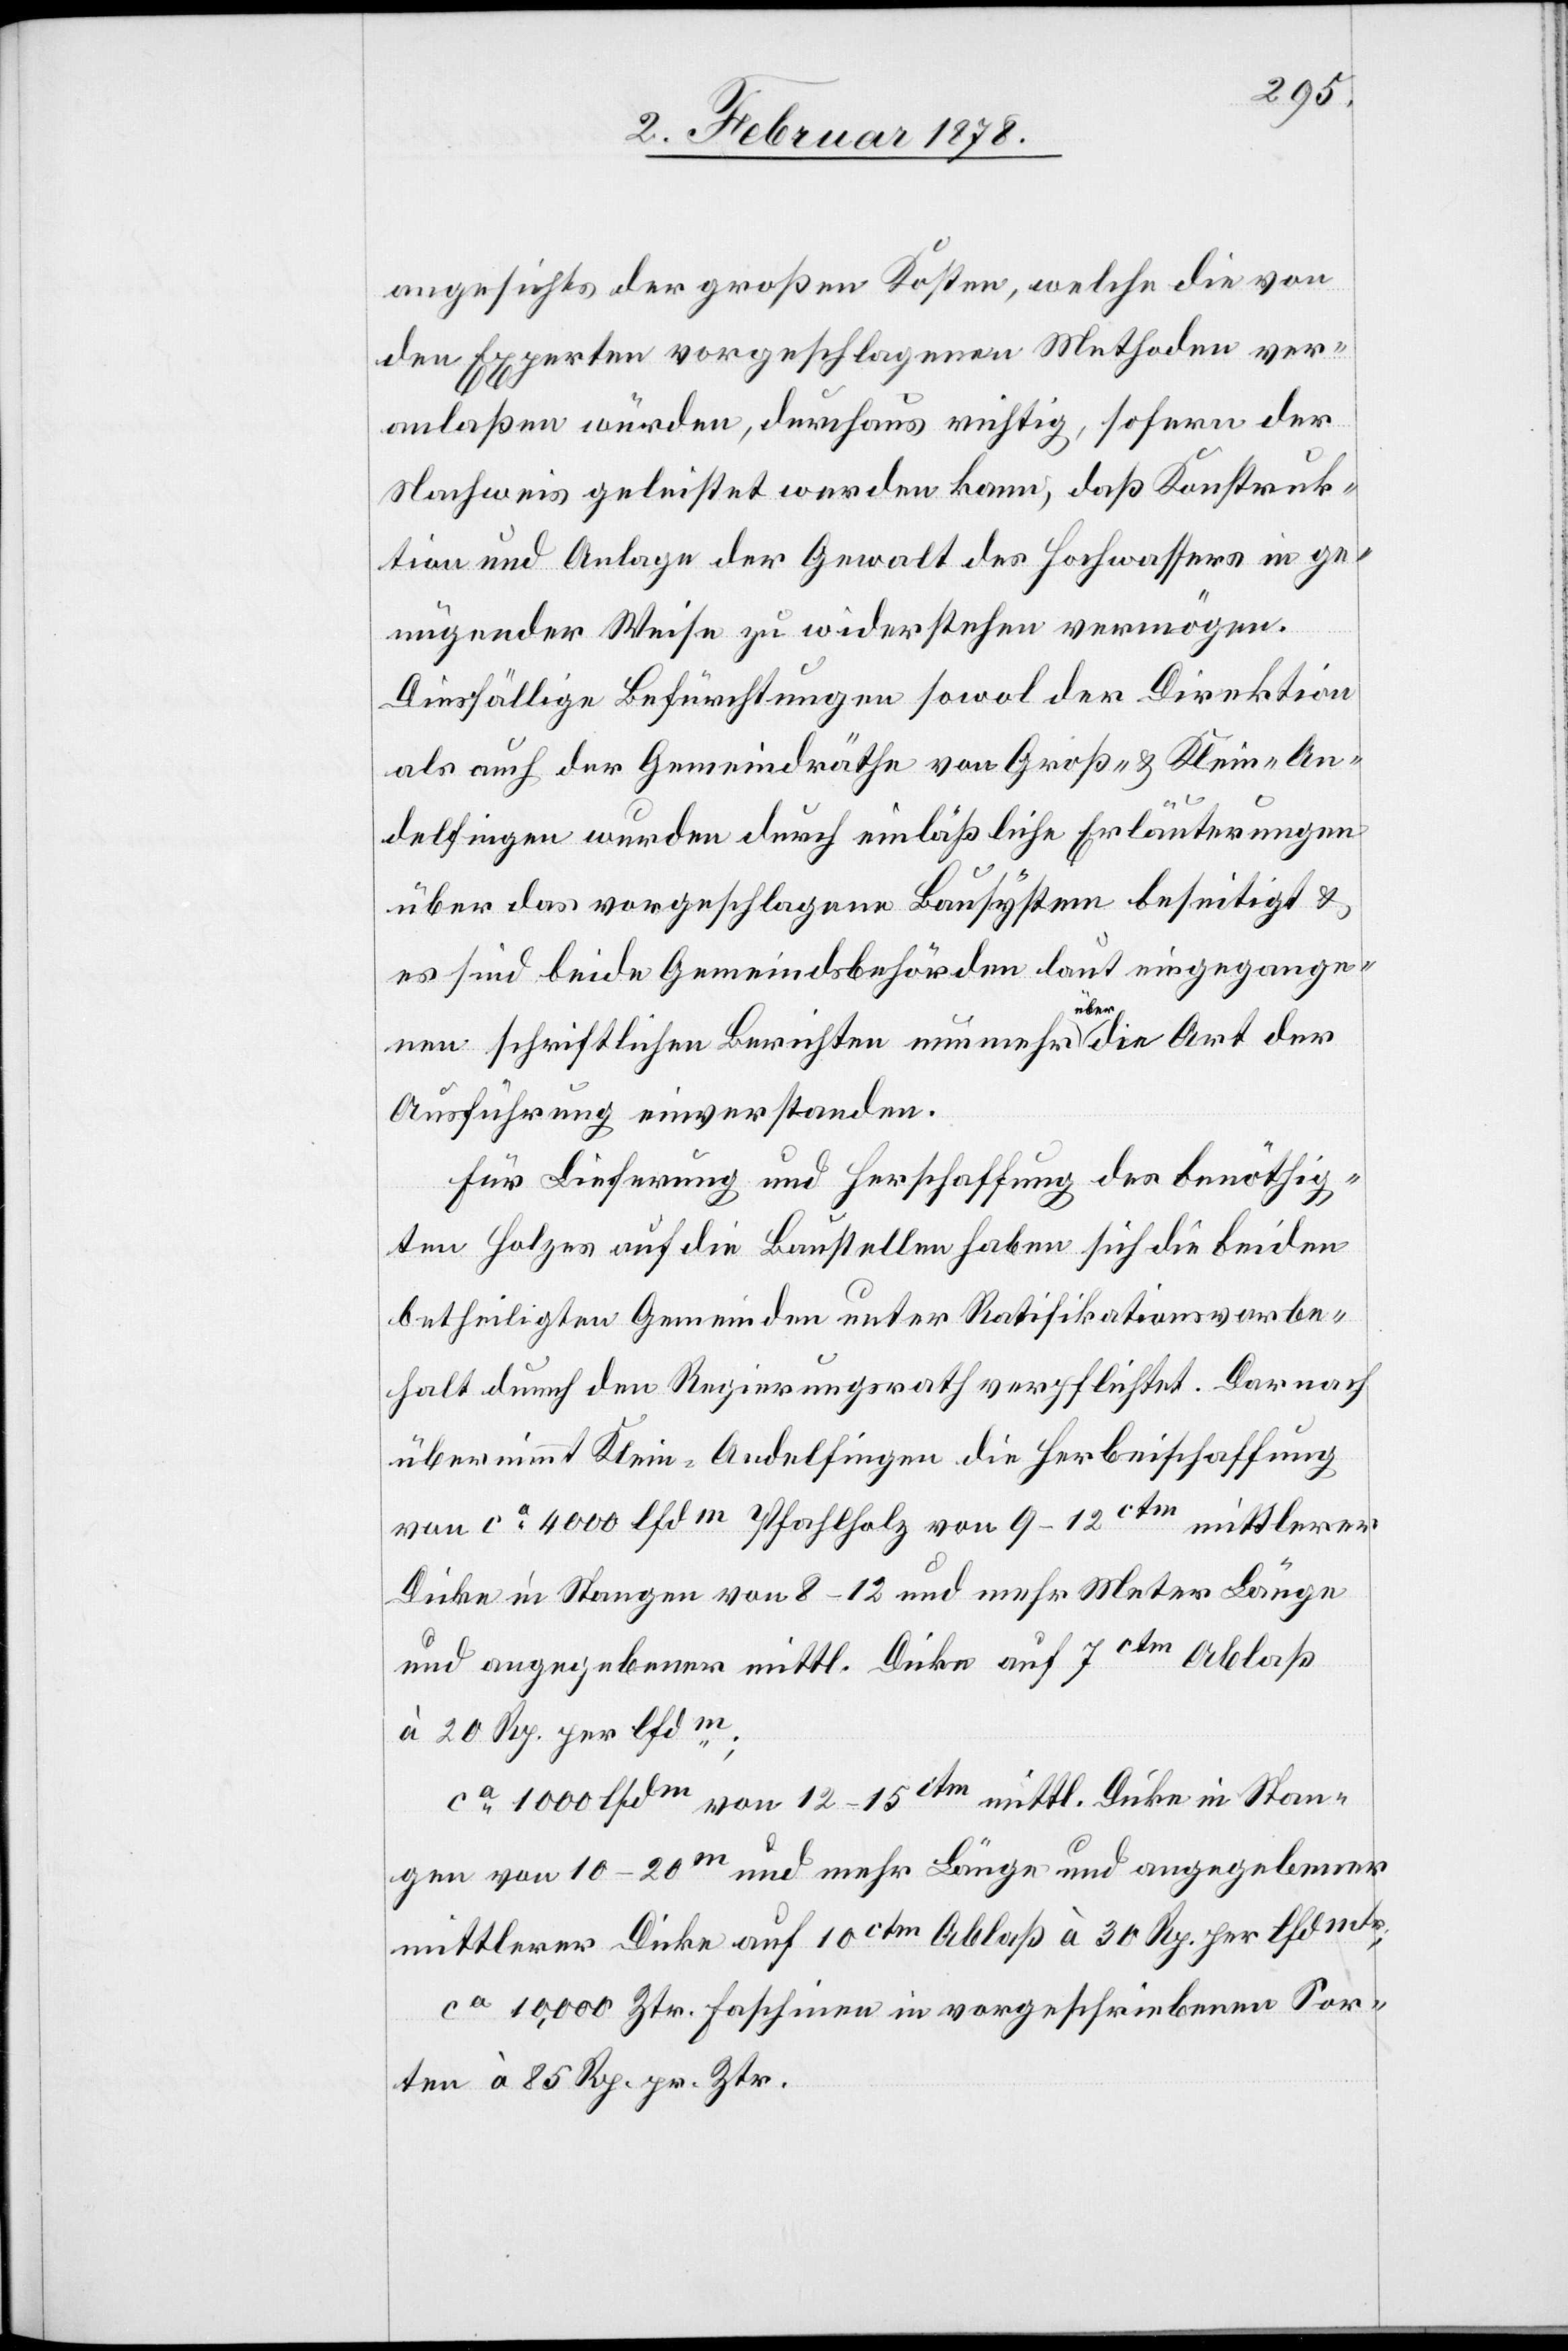
angesichts der großen Kosten, welche die von
den Experten vorgeschlagenen Methoden ver¬
anlaßen würden, durchaus richtig, sofern der
Nachweis geleistet werden kann, daß Konstruk¬
tion und Anlage der Gewalt des Hochwassers in ge¬
nügender Weise zu widerstehen vermögen.
Diesfällige Befürchtungen sowol der Direktion
als auch der Gemeindräthe von Groß- & Klein-An¬
delfingen wurden durch einläßliche Erläuterungen
über das vorgeschlagene Bausystem beseitigt &
es sind beide Gemeindsbehörden laut eingegange¬
nen schriftlichen Berichten nunmehr a-über-a die Art der
Ausführung einverstanden.
Für Lieferung und Herschaffung des benöthig¬
ten Holzes auf die Baustellen haben sich die beiden
betheiligten Gemeinden unter Ratifikationsvorbe¬
halt durch den Regierungsrath verpflichtet. Demnach
übernimmt Klein-Andelfingen die Herbeischaffung
von ca 4000 lfdm Pfahlholz von 9–12ctm mittlerer
Dicke in Stangen von 8–12 und mehr Meter Länge
und angegebener mittl. Dicke auf 7ctm Ablaß
à 20 Rp. per lfdm.;
ca 1000 lfdm von 12–15ctm mittl. Dicke in Stan¬
gen von 10–20m und mehr Länge und angegebener
mittlerer Dicke auf 10ctm Ablaß à 30 Rp. per lfdmtr;
ca 10,000 Ztr. Faschinen in vorgeschriebenen Sor¬
ten à 85 Rp. pr. Ztr.